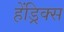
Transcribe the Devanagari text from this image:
हेंड्रिक्‍स